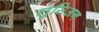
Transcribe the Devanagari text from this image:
लुसिअन